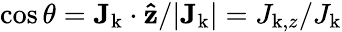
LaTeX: \cos\theta={\mathbf J_{\mathrm{k}}}\cdot\mathbf{\hat{z}}/|{\mathbf J_{\mathrm{k}}}|=J_{\mathrm{k},z}/J_{\mathrm{k}}